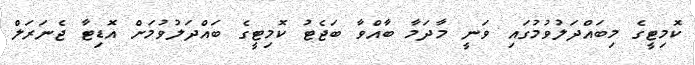
ކޮމިޓީގެ މިބައްދަލުވުމުގައި ވަނީ މާދަމާ ބާއްވާ ބަޖެޓު ކޮމިޓީގެ ބައްދަލުވުމަށް އޮޑިޓާ ޖެނަރަލް